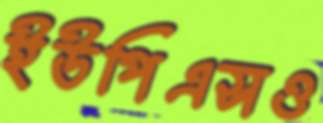
ইউপিএসও